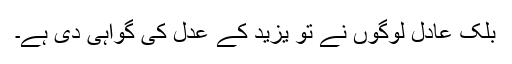
بلک عادل لوگوں نے تو یزید کے عدل کی گواہی دی ہے۔